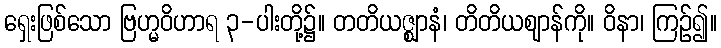
ရှေးဖြစ်သော ဗြဟ္မဝိဟာရ ၃-ပါးတို့၌။ တတိယဇ္ဈာနံ၊ တိတိယဈာန်ကို။ ဝိနာ၊ ကြဉ်၍။